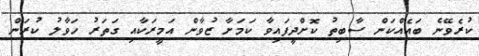
ކުރެވޭނެ ބައެއްކަން ސާބިތު ކޮށްދީފައިވާ ކަމަށާ ޒުވާން އަމީރަކާއި ގަތަރު ހަވާލު ކުރަން